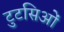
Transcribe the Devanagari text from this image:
टुटसिओं